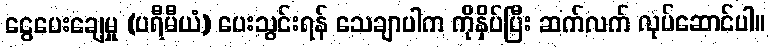
ငွေပေးချေမှု (ပရီမီယံ) ပေးသွင်းရန် သေချာပါက ကိုနှိပ်ပြီး ဆက်လက် လုပ်ဆောင်ပါ။